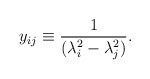
\begin{align*}y_{ij} \equiv \frac{1}{(\lambda_i^2 - \lambda_j^2)}.\end{align*}